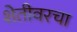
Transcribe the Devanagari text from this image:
शेतीवरचा